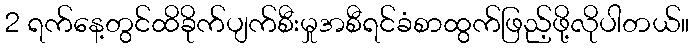
2 ရက်နေ့တွင်ထိခိုက်ပျက်စီးမှုအစီရင်ခံစာထွက်ဖြည့်ဖို့လိုပါတယ်။